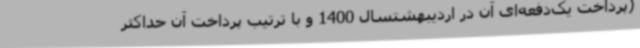
(پرداخت یک‌دفعه‌ای آن در اردیبهشتسال 1400 و با ترتیب پرداخت آن حداکثر